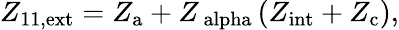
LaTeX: Z_{\mathrm{11,ext}}=Z_{\mathrm{a}}+Z_{\mathrm{\ alpha}}\left(Z_{\mathrm{int}}+Z_{\mathrm{c}}\right),